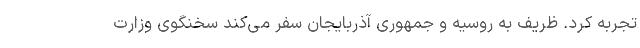
تجربه کرد. ظریف به روسیه و جمهوری آذربایجان سفر می‌کند سخنگوی وزارت